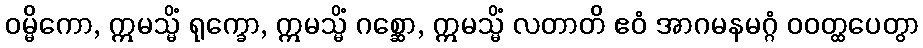
ဝမ္မိကော, ဣမသ္မိံ ရုက္ခော, ဣမသ္မိံ ဂစ္ဆော, ဣမသ္မိံ လတာတိ ဧဝံ အာဂမနမဂ္ဂံ ဝဝတ္ထပေတွာ